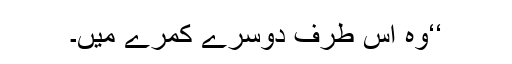
‘‘وہ اس طرف دوسرے کمرے میں۔